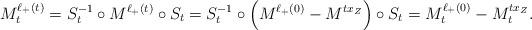
LaTeX: \begin{align*}M_t^{\ell_+(t)}= S_t^{-1} \circ M^{\ell_+(t)} \circ S_t=S_t^{-1} \circ \Big(M^{\ell_+(0)}- M^{tx_Z}\Big) \circ S_t=M_t^{\ell_+(0)}- M_t^{tx_Z}.\end{align*}